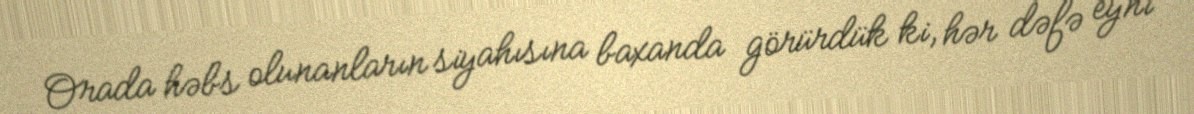
Orada həbs olunanların siyahısına baxanda görürdük ki, hər dəfə eyni